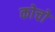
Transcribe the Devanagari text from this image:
कोचो